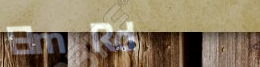
Elm Rd